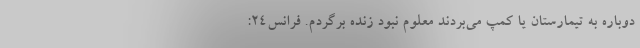
دوباره به تیمارستان یا کمپ می‌بردند معلوم نبود زنده برگردم. فرانس۲۴: